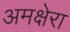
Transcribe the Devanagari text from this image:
अमक्षेरा